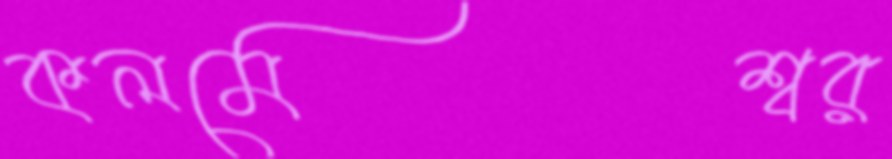
কলমেশ্বর